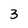
Character: 3